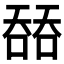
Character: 𰈟